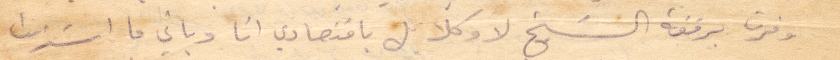
وفرت برفقة الشيخ لاوكل بل باقتصادي انا وباني ما اشتريت